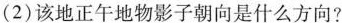
(2)该地正午地物影子朝向是什么方向?